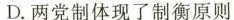
D. 两党制体现了制衡原则